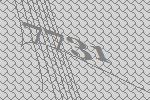
7731